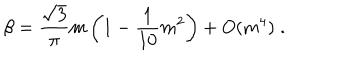
\beta = \frac { \sqrt { 3 } } { \pi } m \left( 1 - \frac { 1 } { 1 0 } m ^ { 2 } \right) + O ( m ^ { 4 } ) \; .